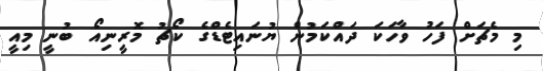
މި މެޗަށް ފަހު ވާހަކަ ދައްކަމުން ޔުނައިޓެޑްގެ ކޯޗު މޮރީނިއޯ ބުނީ މިއީ